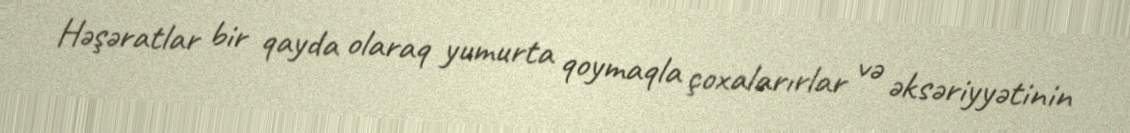
Həşəratlar bir qayda olaraq yumurta qoymaqla çoxalarırlar və əksəriyyətinin